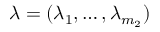
\lambda = ( \lambda _ { 1 } , \ldots , \lambda _ { m _ { 2 } } )